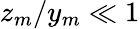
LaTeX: z_{m}/y_{m}\ll 1